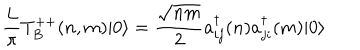
\frac { L } { \pi } T _ { B } ^ { + + } ( n , m ) | 0 \rangle = { \frac { \sqrt { n m } } { 2 } } a _ { i j } ^ { \dagger } ( n ) a _ { j i } ^ { \dagger } ( m ) | 0 \rangle